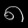
Digit: ၈